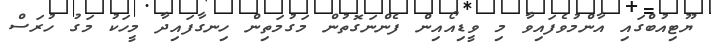
ޔޫޓިއުބްގައި އާންމުވެފައިވާ މި ވީޑިއޯއިން ފެންނަގޮތުން މަގުމަތިން ހިނގާފައިދާ މީހަކު މަގު ހުރަސް